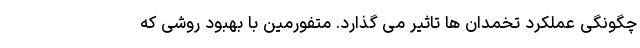
چگونگی عملکرد تخمدان ها تاثیر می گذارد. متفورمین با بهبود روشی که